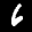
Label: 6